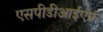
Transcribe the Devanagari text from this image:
एसपीडीआईएफ